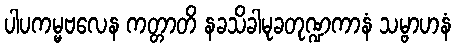
ပါပကမ္မဗလေန ကတ္တာတိ နခသိခါမုခတုဏ္ဍကာနံ သမ္ဗာဟနံ